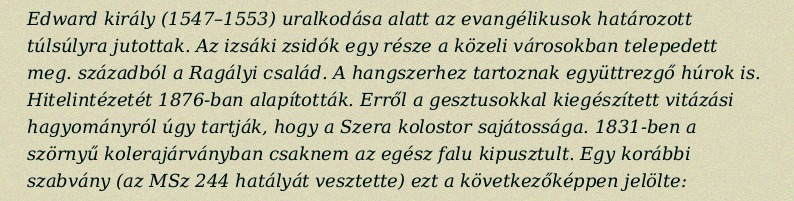
Edward király (1547–1553) uralkodása alatt az evangélikusok határozott túlsúlyra jutottak. Az izsáki zsidók egy része a közeli városokban telepedett meg. századból a Ragályi család. A hangszerhez tartoznak együttrezgő húrok is. Hitelintézetét 1876-ban alapították. Erről a gesztusokkal kiegészített vitázási hagyományról úgy tartják, hogy a Szera kolostor sajátossága. 1831-ben a szörnyű kolerajárványban csaknem az egész falu kipusztult. Egy korábbi szabvány (az MSz 244 hatályát vesztette) ezt a következőképpen jelölte: